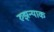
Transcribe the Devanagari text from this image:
रुझन्याक